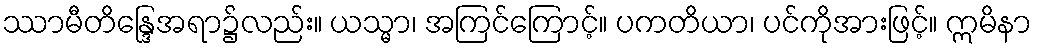
ဿာမီတိန္ဒြေအရာ၌လည်း။ ယသ္မာ၊ အကြင်ကြောင့်။ ပကတိယာ၊ ပင်ကိုအားဖြင့်။ ဣမိနာ